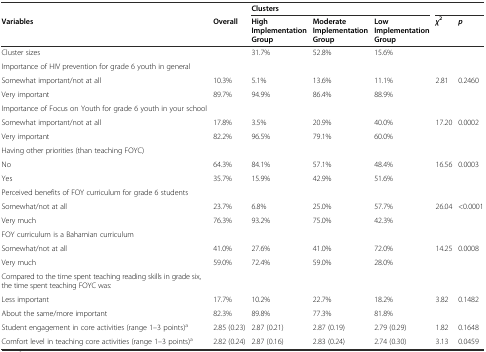
<table><thead><tr><td></td><td></td><td colspan="3"><b>Clusters</b></td><td colspan="2"></td></tr><tr><td><b>Variables</b></td><td><b>Overall</b></td><td><b>High Implementation Group</b></td><td><b>Moderate Implementation Group</b></td><td><b>Low Implementation Group</b></td><td><b><i>χ</i><sup>2</sup></b></td><td><b><i>p</i></b></td></tr></thead><tbody><tr><td>Cluster sizes</td><td></td><td>31.7%</td><td>52.8%</td><td>15.6%</td><td></td><td></td></tr><tr><td>Importance of HIV prevention for grade 6 youth in general</td><td></td><td></td><td></td><td></td><td></td><td></td></tr><tr><td>Somewhat important/not at all</td><td>10.3%</td><td>5.1%</td><td>13.6%</td><td>11.1%</td><td>2.81</td><td>0.2460</td></tr><tr><td>Very important</td><td>89.7%</td><td>94.9%</td><td>86.4%</td><td>88.9%</td><td></td><td></td></tr><tr><td>Importance of Focus on Youth for grade 6 youth in your school</td><td></td><td></td><td></td><td></td><td></td><td></td></tr><tr><td>Somewhat important/not at all</td><td>17.8%</td><td>3.5%</td><td>20.9%</td><td>40.0%</td><td>17.20</td><td>0.0002</td></tr><tr><td>Very important</td><td>82.2%</td><td>96.5%</td><td>79.1%</td><td>60.0%</td><td></td><td></td></tr><tr><td>Having other priorities (than teaching FOYC)</td><td></td><td></td><td></td><td></td><td></td><td></td></tr><tr><td>No</td><td>64.3%</td><td>84.1%</td><td>57.1%</td><td>48.4%</td><td>16.56</td><td>0.0003</td></tr><tr><td>Yes</td><td>35.7%</td><td>15.9%</td><td>42.9%</td><td>51.6%</td><td></td><td></td></tr><tr><td>Perceived benefits of FOY curriculum for grade 6 students</td><td></td><td></td><td></td><td></td><td></td><td></td></tr><tr><td>Somewhat/not at all</td><td>23.7%</td><td>6.8%</td><td>25.0%</td><td>57.7%</td><td>26.04</td><td>&lt;0.0001</td></tr><tr><td>Very much</td><td>76.3%</td><td>93.2%</td><td>75.0%</td><td>42.3%</td><td></td><td></td></tr><tr><td>FOY curriculum is a Bahamian curriculum</td><td></td><td></td><td></td><td></td><td></td><td></td></tr><tr><td>Somewhat/not at all</td><td>41.0%</td><td>27.6%</td><td>41.0%</td><td>72.0%</td><td>14.25</td><td>0.0008</td></tr><tr><td>Very much</td><td>59.0%</td><td>72.4%</td><td>59.0%</td><td>28.0%</td><td></td><td></td></tr><tr><td>Compared to the time spent teaching reading skills in grade six, the time spent teaching FOYC was:</td><td></td><td></td><td></td><td></td><td></td><td></td></tr><tr><td>Less important</td><td>17.7%</td><td>10.2%</td><td>22.7%</td><td>18.2%</td><td>3.82</td><td>0.1482</td></tr><tr><td>About the same/more important</td><td>82.3%</td><td>89.8%</td><td>77.3%</td><td>81.8%</td><td></td><td></td></tr><tr><td>Student engagement in core activities (range 1–3 points)<sup>a</sup></td><td>2.85 (0.23)</td><td>2.87 (0.21)</td><td>2.87 (0.19)</td><td>2.79 (0.29)</td><td>1.82</td><td>0.1648</td></tr><tr><td>Comfort level in teaching core activities (range 1–3 points)<sup>a</sup></td><td>2.82 (0.24)</td><td>2.87 (0.16)</td><td>2.83 (0.24)</td><td>2.74 (0.30)</td><td>3.13</td><td>0.0459</td></tr></tbody></table>